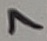
Text: 7